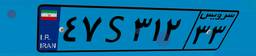
۵۸S۷۱۳۰۴